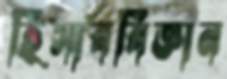
হিসাববিজ্ঞান